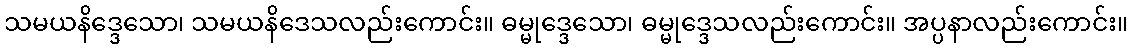
သမယနိဒ္ဒေသော၊ သမယနိဒေသလည်းကောင်း။ ဓမ္မုဒ္ဒေသော၊ ဓမ္မုဒ္ဒေသလည်းကောင်း။ အပ္ပနာလည်းကောင်း။